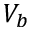
V _ { b }